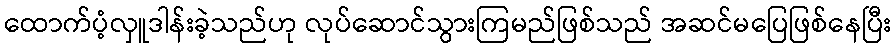
ထောက်ပံ့လှူဒါန်းခဲ့သည်ဟု လုပ်ဆောင်သွားကြမည်ဖြစ်သည် အဆင်မပြေဖြစ်နေပြီး